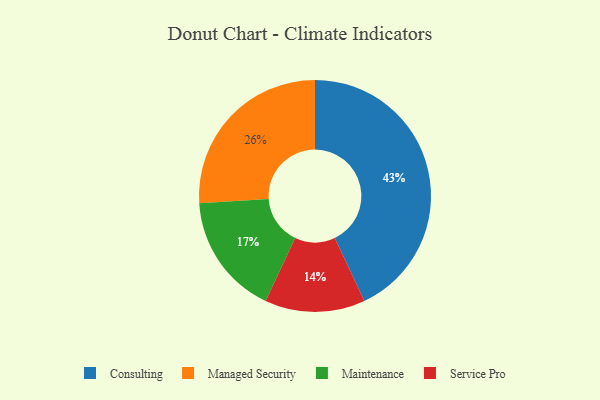
{"axis": {"x": "Category", "y": "Percentage"}, "legend": ["Consulting", "Maintenance", "Managed Security", "Service Pro"], "data": [{"x": "Maintenance", "y": 17, "type": "Maintenance"}, {"x": "Service Pro", "y": 14, "type": "Service Pro"}, {"x": "Consulting", "y": 43, "type": "Consulting"}, {"x": "Managed Security", "y": 26, "type": "Managed Security"}]}